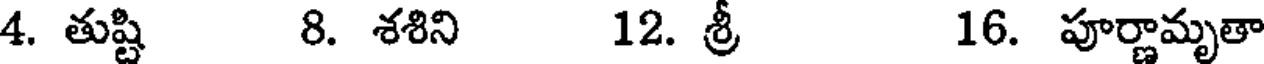
4. తుష్టి 8. శశిని 12. శ్రీ 16. పూర్ణామృతా